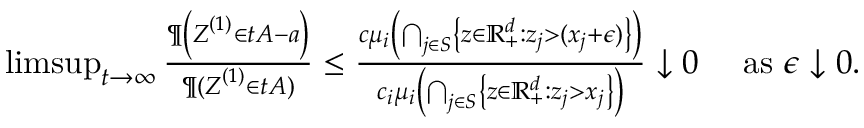
\begin{array} { r } { \operatorname* { l i m s u p } _ { t \to \infty } \frac { \P \left( \boldsymbol Z ^ { ( 1 ) } \in t A - \boldsymbol a \right) } { \P ( \boldsymbol Z ^ { ( 1 ) } \in t A ) } \leq \frac { c \mu _ { i } \left( \bigcap _ { j \in S } \left\{ \boldsymbol z \in \mathbb { R } _ { + } ^ { d } : z _ { j } > ( x _ { j } + \epsilon ) \right\} \right) } { c _ { i } \mu _ { i } \left( \bigcap _ { j \in S } \left\{ \boldsymbol z \in \mathbb { R } _ { + } ^ { d } : z _ { j } > x _ { j } \right\} \right) } \downarrow 0 \quad \mathrm { ~ a s ~ } \epsilon \downarrow 0 . } \end{array}